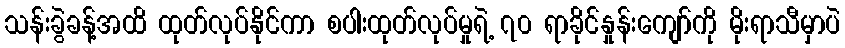
သန်းခွဲခန့်အထိ ထုတ်လုပ်နိုင်ကာ စပါးထုတ်လုပ်မှုရဲ့ ၇၀ ရာခိုင်နှုန်းကျော်ကို မိုးရာသီမှာပဲ